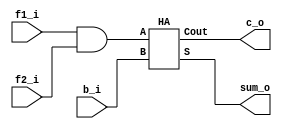
// Yigit Suoglu
// This file contains basecells and basic adders for Carry Save Multiplier modules
`timescale 1ns / 1ps

module basecell_ha(f1_i, f2_i, b_i, sum_o, c_o);
  input f1_i, f2_i, b_i;
  output sum_o, c_o;

  wire pp;

  assign pp = f1_i & f2_i;

  HA adder(pp, b_i, sum_o, c_o);

endmodule // Base cell with half adder

module basecell_fa(f1_i, f2_i, b_i, c_i, sum_o, c_o);
  input f1_i, f2_i, b_i, c_i;
  output sum_o, c_o;

  wire pp;

  assign pp = f1_i & f2_i;

  FA adder(pp, b_i, c_i, sum_o, c_o);

endmodule // Base cell with full adder

//Simple 1 bit full adder
module FA(A, B, Cin, S, Cout);
  input A, B, Cin;
  output S, Cout;
  wire ha_sum; //Partial Sum without carry

  assign ha_sum = A ^ B;
  assign S =  ha_sum ^ Cin; //Sum
  assign Cout = (A & B) | (ha_sum & Cin); //Carry out
endmodule // full Adder

//Simple 1 bit half adder
module HA(A, B, S, Cout);
  input A, B;
  output S, Cout;

  assign S = A ^ B;
  assign Cout = A & B;
endmodule // half Adder